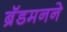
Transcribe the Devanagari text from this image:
ब्रॅडमनने